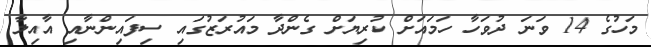
މަހުގެ 14 ވަނަ ދުވަހާ ހަމައަށް ކުރިޔަށް ގެންދާ މައުރަޒުގައި ސިފައިންނާއި އާއިލާ